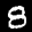
Label: 8